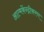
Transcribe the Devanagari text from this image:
आत्मकेंन्द्रीकरण